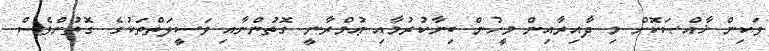
ވަކިން ޚާއްޞަކޮށް މި ދާއިރާއިން މީހުން ބިނާކުރުމާއި ޢުމްރާނީ ގޮތުންނާއި ވަސީލަތްތަކުގެ ގޮތުންވެސް